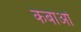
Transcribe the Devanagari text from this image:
कबाओ